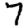
Digit: 7